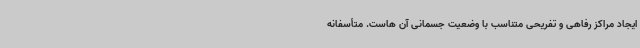
ایجاد مراکز رفاهی و تفریحی متناسب با وضعیت جسمانی آن هاست. متأسفانه